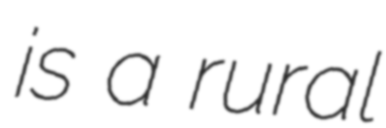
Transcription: is a rural